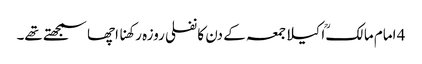
4 امام مالکؒ اکیلاجمعہ کے دن کا نفلی روزہ رکھنا اچھا سمجھتے تھے۔